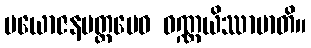
ပယောဇနမတ္တမေဝ ဝဏ္ဏယိဿာမာတိ။